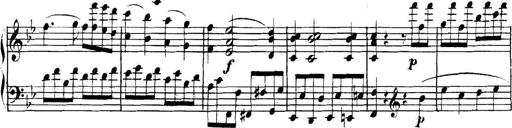
Title: Collected Piano Sonatas
Composer: Muzio Clementi